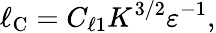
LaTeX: \ell_{\textrm{C}}=C_{\ell 1}K^{3/2}\varepsilon^{-1},